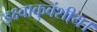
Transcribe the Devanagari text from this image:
इक्ष्वाकुवंशीय।